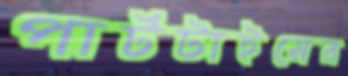
পার্টটাইমের